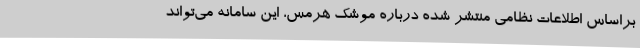
براساس اطلاعات نظامی منتشر شده درباره موشک هرمس، این سامانه می‌تواند